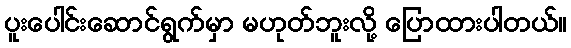
ပူးပေါင်းဆောင်ရွက်မှာ မဟုတ်ဘူးလို့ ပြောထားပါတယ်။